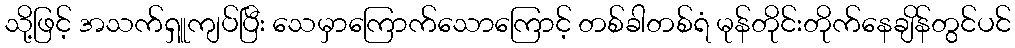
သို့ဖြင့် အသက်ရှူကျပ်ပြီး သေမှာကြောက်သောကြောင့် တစ်ခါတစ်ရံ မုန်တိုင်းတိုက်နေချိန်တွင်ပင်